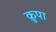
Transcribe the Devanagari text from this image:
क्रुपा